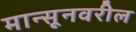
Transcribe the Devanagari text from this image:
मान्सूनवरील